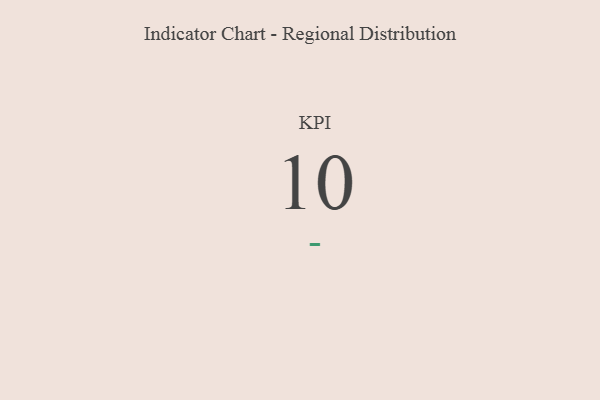
{"axis": {"x": "KPI", "y": "Value"}, "legend": [""], "data": [{"x": "KPI", "y": 10, "type": ""}]}